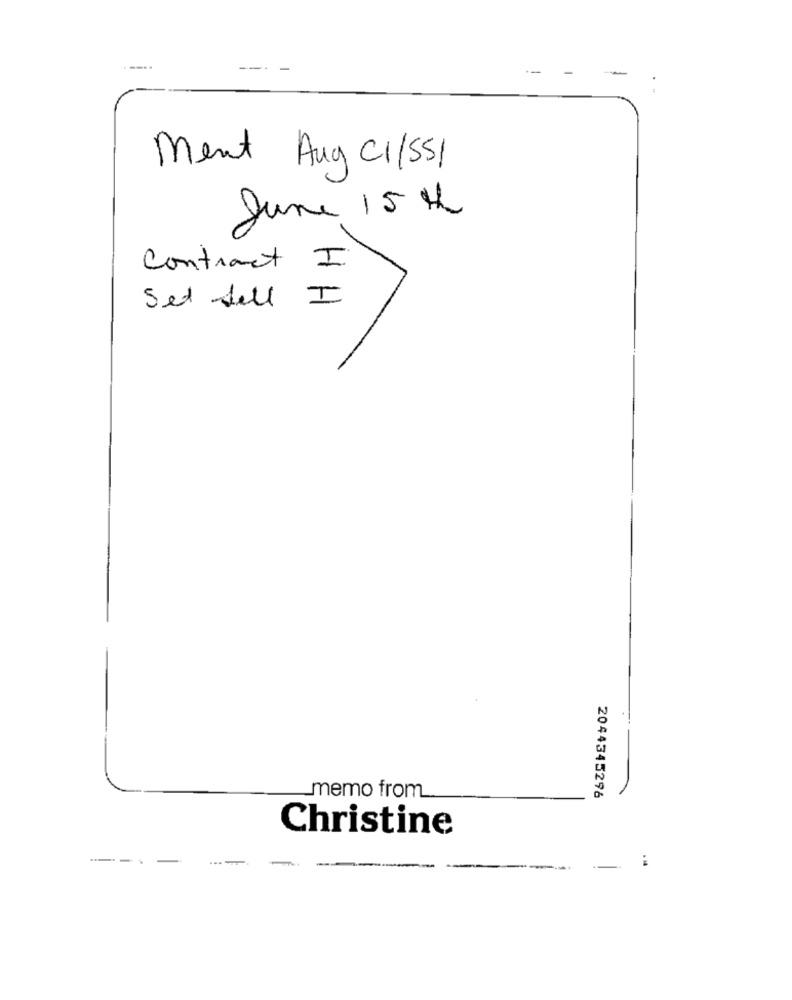
Ment Aug C11551
June 15 H
Contract I
Set dell I
memo from
2044345296
Christine
--